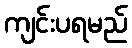
ကျင်းပရမည်